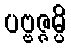
ပဗ္ဗဇ္ဇမ္ပိ